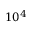
1 0 ^ { 4 }